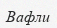
Вафли